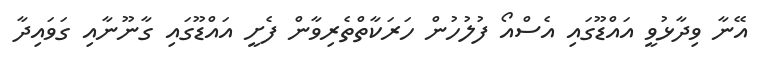
އޭނާ ވިދާޅުވީ އައްޑޫގައި އެސްއޯ ފުލުހުން ހަރަކާތްތެރިވާން ފެށީ އައްޑޫގައި ގާނޫނާއި ގަވައިދާ